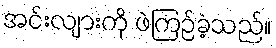
အင်းလျားကို ဖဲကြဉ်ခဲ့သည်။